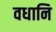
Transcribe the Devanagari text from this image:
वधानि